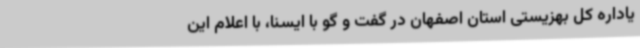
یاداره کل بهزیستی استان اصفهان در گفت و گو با ایسنا، با اعلام این